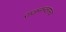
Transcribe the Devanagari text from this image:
राजनान्दगान्व